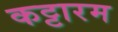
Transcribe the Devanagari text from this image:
कट्टारम